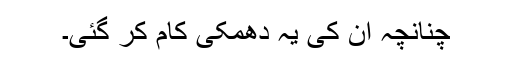
چنانچہ ان کی یہ دھمکی کام کر گئی۔